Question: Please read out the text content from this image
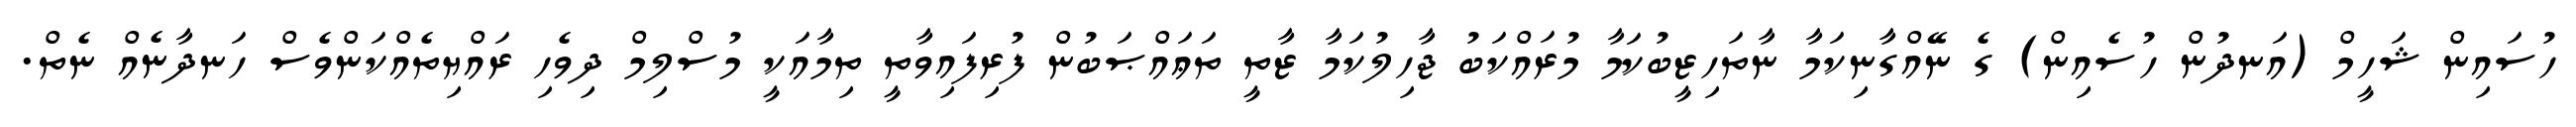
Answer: ހުސައިން ޝަހީމް (އަނދުން ހުސެއިން) ގެ ނޭއްގާނިކަމާ ނާތަހިޒީބުކަމާ މުރައްކަބު ޖާހިލުކަމާ ޒާތީ ތަޢައްޞަބުން ފުރިފައިވާތީ ތިމާއަކީ މުސްލިމް ދިވެހި ރައްޔިތެއްކަންވެސް ހަނދާނެއް ނެތް.